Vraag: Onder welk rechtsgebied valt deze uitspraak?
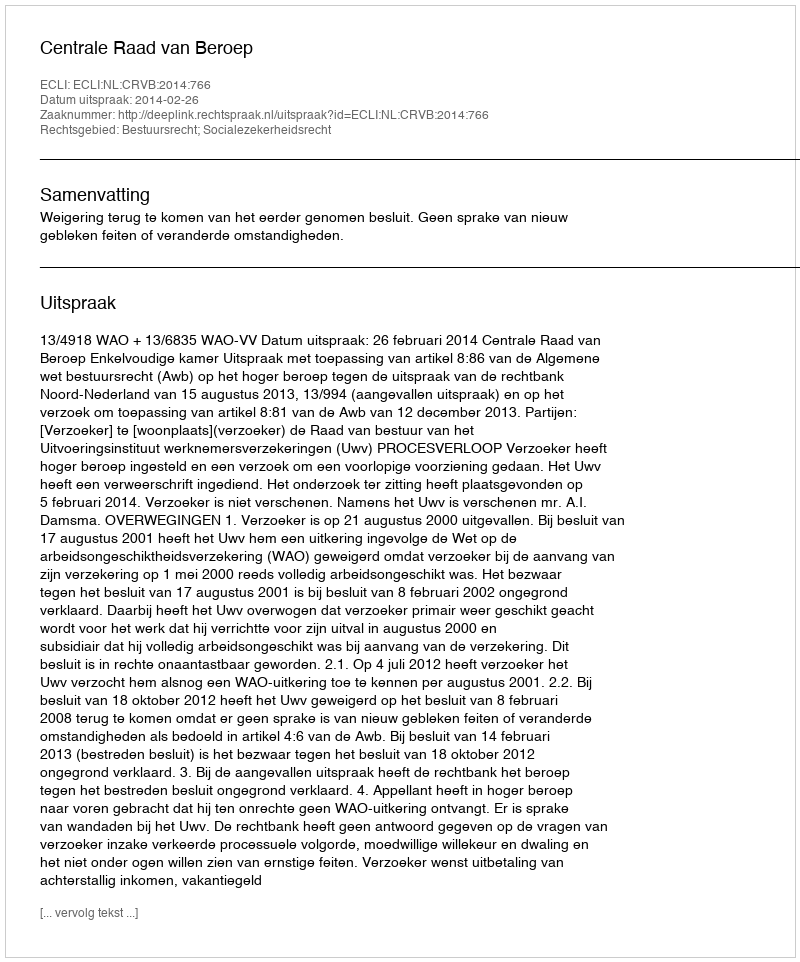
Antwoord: Bestuursrecht; Socialezekerheidsrecht